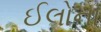
ઈલોના